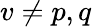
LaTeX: v\neq p,q